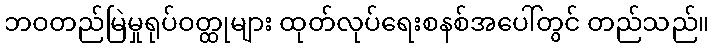
ဘဝတည်မြဲမှုရုပ်ဝတ္ထုများ ထုတ်လုပ်ရေးစနစ်အပေါ်တွင် တည်သည်။